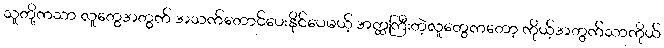
သူတို့ကသာ လူတွေအတွက် အသက်တောင်ပေးနိုင်ပေမယ့် အတ္တကြီးတဲ့လူတွေကတော့ ကိုယ့်အတွက်သာကိုယ်